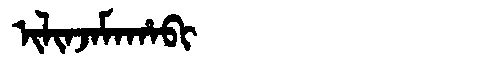
Manchu: ᡳᠯᡳᠨᠵᠠᠮᠠᡥᠠᠪᡳ
Romanization: ILINJAMAHABI